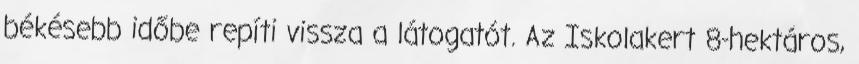
békésebb időbe repíti vissza a látogatót. Az Iskolakert 8-hektáros,